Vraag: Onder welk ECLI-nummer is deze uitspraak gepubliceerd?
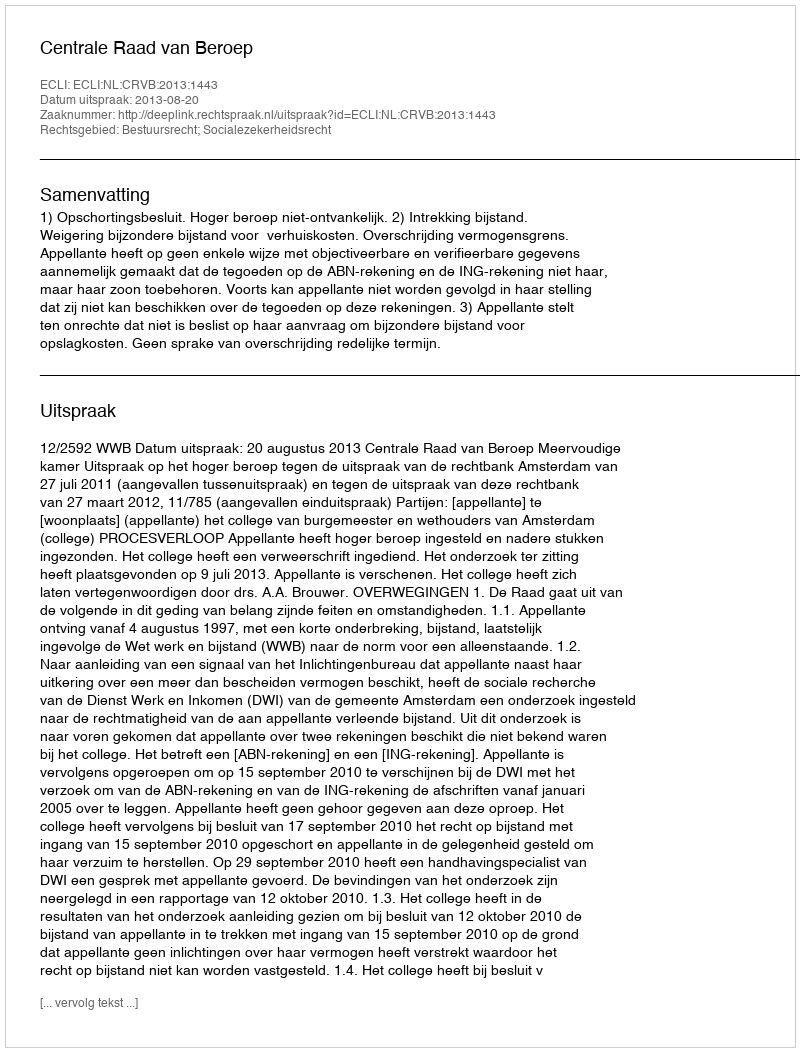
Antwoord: ECLI:NL:CRVB:2013:1443